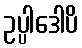
ဥပ္ပါဒေါပိ